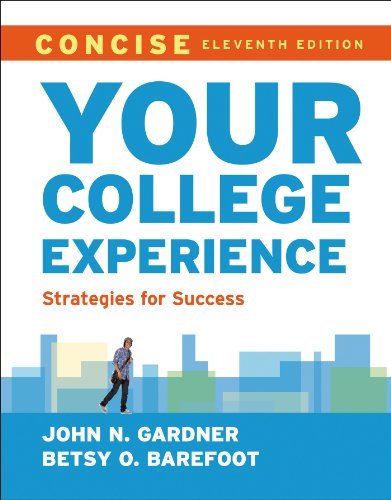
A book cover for Your College Experience, Concise: Strategies for Success; John N. Gardner; Education & Teaching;